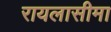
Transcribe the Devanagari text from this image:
रायलासीमा